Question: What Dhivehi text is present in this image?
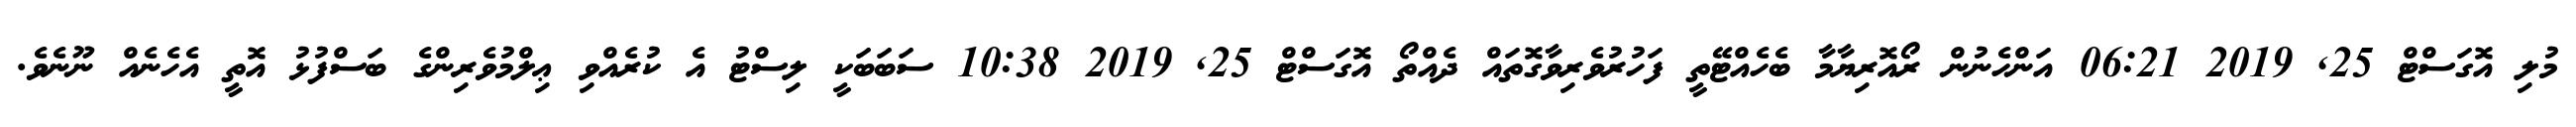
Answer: މުލި އޮގަސްޓް 25, 2019 06:21 އަންހެނުން ރޯއޮރިޔާމާ ބެހެއްޓޭތީ ފަހުރުވެރިވާގޮތައް ދެއްތޯ އޮގަސްޓް 25, 2019 10:38 ސަބަބަކީ ލިސްޓު އެ ކުރެއްވި ޢިލްމުވެރިންގެ ބަސްފުޅު އޮތީ އެހެނެއް ނޫނެވެ.